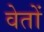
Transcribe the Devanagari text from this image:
वेतों